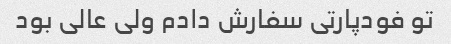
تو فودپارتی سفارش دادم ولی عالی بود